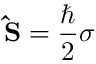
\mathbf { \hat { S } } = { \frac { \hbar } { 2 } } { \boldsymbol { \sigma } } \,